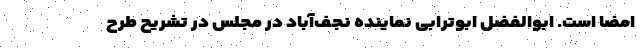
امضا است. ابوالفضل ابوترابی نماینده نجف‌آباد در مجلس در تشریح طرح